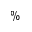
\%